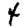
Digit: 4